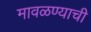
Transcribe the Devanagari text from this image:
मावळण्याची